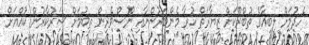
ހެދުމަށް ލީބިއާގެ ތުބްރޫކަށް ޒިޔާރަތް ކުރާ މެންބަރުންނާއި ނޫސްވެރިން ތިބުމަށް ސަރުކާރުން ކުއްޔަށް